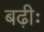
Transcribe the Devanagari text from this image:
बढ़ीः